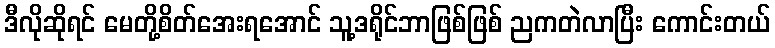
ဒီလိုဆိုရင် မေတို့စိတ်အေးရအောင် သူ့ဒရိုင်ဘာဖြစ်ဖြစ် ညကတဲလာပြီး ကောင်းတယ်